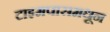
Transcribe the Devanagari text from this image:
टाइमपासमधून